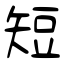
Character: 短